Annual report of the Civil Veterinary Department, Bengal, and of the Bengal Veterinary College for the year 1905-1906 - 1905-1906
Year: 1905
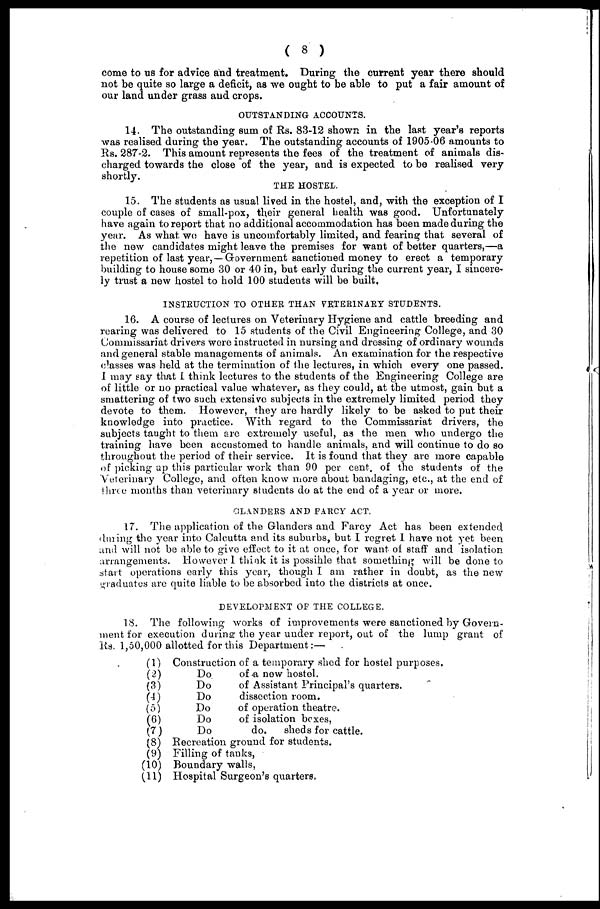
(8)
come to us for advice and treatment. During the current year there should
not be quite so large a deficit, as we ought to be able to put a fair amount of
our land under grass and crops.
OUTSTANDING ACCOUNTS.
14. The outstanding sum of Rs. 83-12 shown in the last year's reports
was realised during the year. The outstanding accounts of 1905-06 amounts to
Rs. 287-2. This amount represents the fees of the treatment of animals dis-
charged towards the close of the year, and is expected to be realised very
shortly.
THE HOSTEL.
15. The students as usual lived in the hostel, and, with the exception of I
couple of cases of small-pox, their general health was good. Unfortunately
have again to report that no additional accommodation has been made during the
year. As what, we have is uncomfortably limited, and fearing that several of
the new candidates might leave the premises for want of better quarters,—a
repetition of last year, —Government sanctioned money to erect a temporary
building to house some 30 or 40 in, but early during the current year, I sincere-
ly trust a new hostel to hold 100 students will be built,
INSTRUCTION TO OTHER THAN VETERINARY STUDENTS.
16. A course of lectures on Veterinary Hygiene and cattle breeding and
rearing was delivered to 15 students of the Civil Engineering College, and 30
Commissariat drivers Were instructed in nursing and dressing of ordinary wounds
and general stable managements of animals. An examination for the respective
classes was held at the termination of the lectures, in which every one passed.
I may say that I think lectures to the students of the Engineering College are
of little or no practical value whatever, as they could, at the utmost, gain but a
smattering of two such extensive subjects in the extremely limited period they
devote to them. However, they are hardly likely to be asked to put their
knowledge into practice. With regard to the Commissariat drivers, the
subjects taught to them are extremely useful, as the men who undergo the
training have been accustomed to handle animals, and will continue to do so
throughout the period of their service. It is found that they are more capable
of picking up this particular work than 90 per cent. of the students of the
Veterinary College, and often know more about bandaging, etc., at the end of
three months than veterinary students do at the end of a year or more.
GLANDERS AND FARCY ACT,
17. The application of the Glanders and Farcy Act has been extended
dining the year into Calcutta and its suburbs, but I regret 1 have not yet been
and will not be able to give effect to it at once, for want of staff and isolation
arrangements. However 1 think it is possible that something will be done to
start operations early this year, though I am rather in doubt, as the new
graduates are quite liable to be absorbed into the districts at once.
DEVELOPMENT OF THE COLLEGE.
18. The following works of improvements were sanctioned by Govern-
ment for execution during the year under report, out of the lump grant of
lis. 1,50,000 allotted for this Department:—
(1)
(2)
(3)
(4)
(5)
(6)
(7)
(8)
(9)
(10)
(11)
Construction of a temporary shed for hostel purposes.
Do
of a new hostel.
Do
of Assistant Principal's quarters.
Do
dissection room.
Do
of operation theatre.
Do
of isolation boxes,
Do
do.
sheds for cattle.
Recreation ground for students.
Filling of tanks,
Boundary walls,
Hospital Surgeon's quarters.